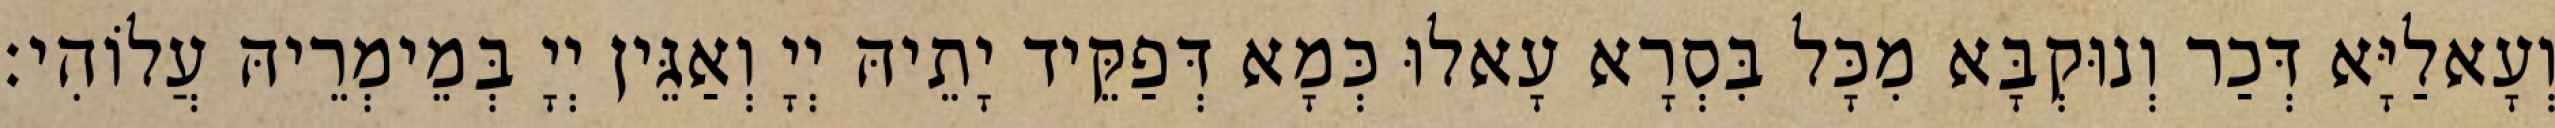
וְעָאלַיָּא דְּכַר וְנוּקְבָּא מִכָּל בִּסְרָא עָאלוּ כְּמָא דְּפַקֵּיד יָתֵיהּ יְיָ וְאַגֵּין יְיָ בְּמֵימְרֵיהּ עֲלוֹהִי׃